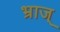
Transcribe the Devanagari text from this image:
भ्राज्